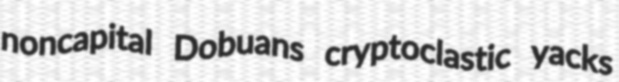
noncapital Dobuans cryptoclastic yacks